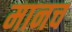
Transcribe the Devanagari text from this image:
मानच